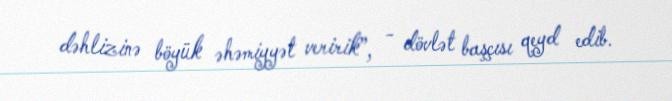
dəhlizinə böyük əhəmiyyət veririk”, - dövlət başçısı qeyd edib.